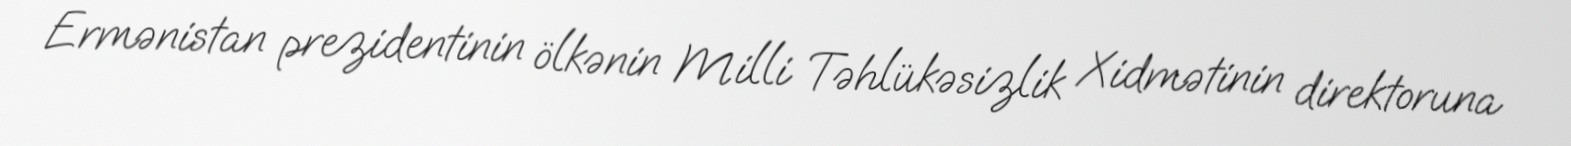
Ermənistan prezidentinin ölkənin Milli Təhlükəsizlik Xidmətinin direktoruna